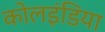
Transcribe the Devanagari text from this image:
कोलइंडिया